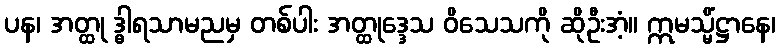
ပန၊ အတ္ထု ဒ္ဓါရသာမညမှ တစ်ပါး အတ္ထုဒ္ဒေသ ဝိသေသကို ဆိုဦးအံ့။ ဣမသ္မိံဋ္ဌာနေ၊